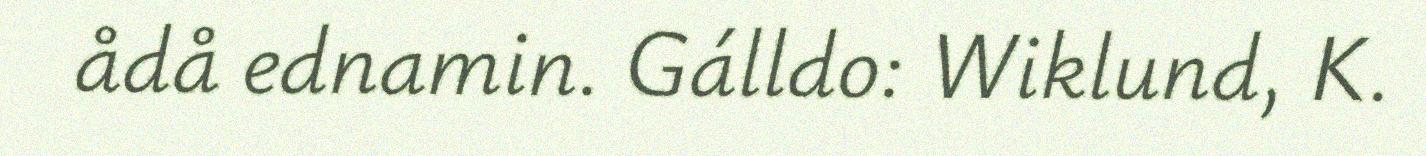
ådå ednamin. Gálldo: Wiklund, K.